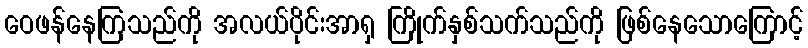
ဝေဖန်နေကြသည်ကို အလယ်ပိုင်းအာရှ ကြိုက်နှစ်သက်သည်ကို ဖြစ်နေသောကြောင့်